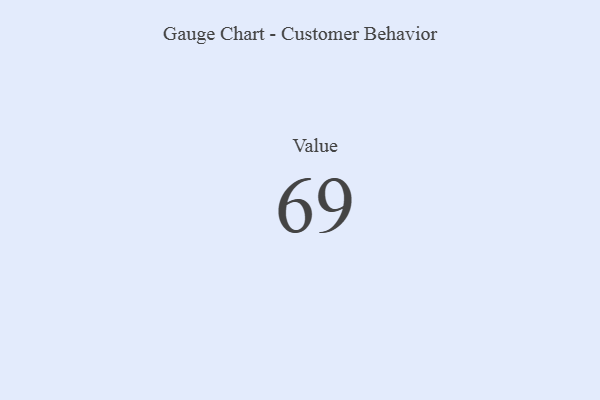
{"axis": {"x": "Metric", "y": "Value"}, "legend": [""], "data": [{"x": "Value", "y": 69, "type": ""}]}